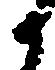
候